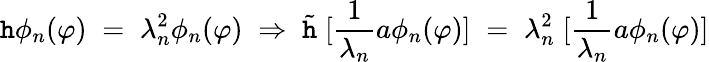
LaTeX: \mathtt{h}\phi_{n}(\varphi)\; =\; \lambda_{n}^{2}\phi_{n}(\varphi)\; \Rightarrow\; {\tilde{{\mathtt{h}}}}\; [\frac{{1}}{{\lambda_{n}}}a\phi_{n}(\varphi)]\; =\; \lambda_{n}^{2}\; [\frac{{1}}{{\lambda_{n}}}a\phi_{n}(\varphi)]